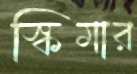
স্কিমার